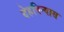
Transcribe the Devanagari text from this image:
देहविन्यास